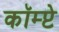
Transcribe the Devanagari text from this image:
कॉम्प्टे